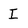
Character: I